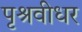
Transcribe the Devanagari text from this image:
पृश्रवीधर